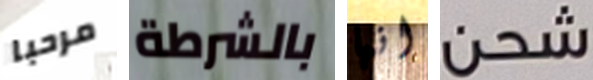
مرحبا بالشرطة انها شحن